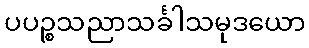
ပပဉ္စသညာသင်္ခါသမုဒယော